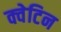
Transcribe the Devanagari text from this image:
क्वेटिन